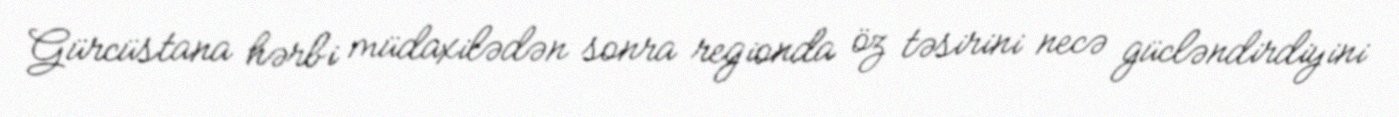
Gürcüstana hərbi müdaxilədən sonra regionda öz təsirini necə gücləndirdiyini